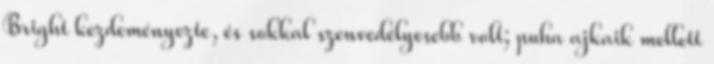
Bright kezdeményezte, és sokkal szenvedélyesebb volt; puha ajkaik mellett